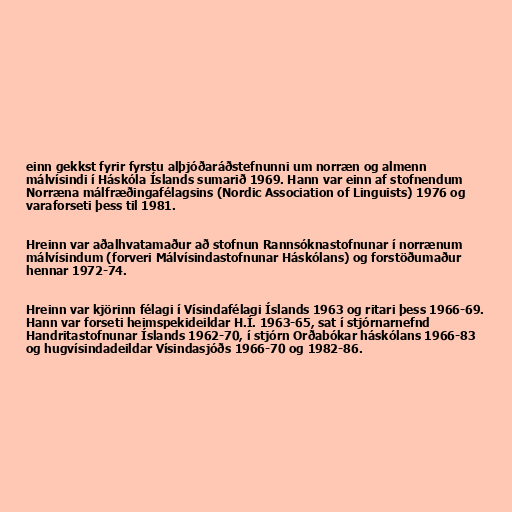
einn gekkst fyrir fyrstu alþjóðaráðstefnunni um norræn og almenn
málvísindi í Háskóla Íslands sumarið 1969. Hann var einn af stofnendum
Norræna málfræðingafélagsins (Nordic Association of Linguists) 1976 og
varaforseti þess til 1981.

Hreinn var aðalhvatamaður að stofnun Rannsóknastofnunar í norrænum
málvísindum (forveri Málvísindastofnunar Háskólans) og forstöðumaður
hennar 1972-74.

Hreinn var kjörinn félagi í Vísindafélagi Íslands 1963 og ritari þess 1966-69.
Hann var forseti heimspekideildar H.Í. 1963-65, sat í stjórnarnefnd
Handritastofnunar Íslands 1962-70, í stjórn Orðabókar háskólans 1966-83
og hugvísindadeildar Vísindasjóðs 1966-70 og 1982-86.